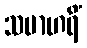
သမာဟရိံ